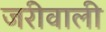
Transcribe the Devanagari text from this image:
जरीवाली